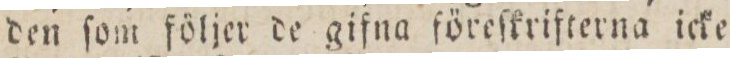
den ſom följer de gifna föreſkrifterna icke